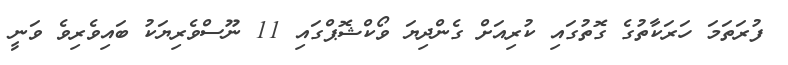
ފުރަތަަމަ ހަރަކާތުގެ ގޮތުގައި ކުރިއަށް ގެންދިޔަ ވޯކްޝޮޕްގައި 11 ނޫސްވެރިޔަކު ބައިވެރިވެ ވަނީ